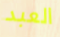
العبد